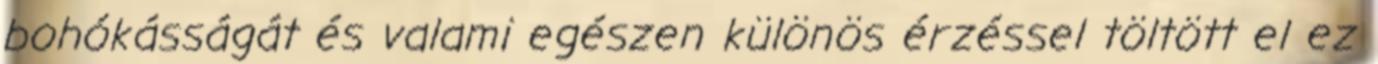
bohókásságát és valami egészen különös érzéssel töltött el ez